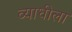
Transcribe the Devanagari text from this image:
व्याधीला